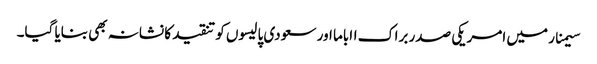
سیمنار میں امریکی صدر براک ااباما اور سعودی پالیسوں کو تنقید کا نشانہ بھی بنایا گیا۔